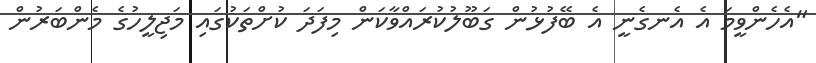
"އެހެންވީމަ އެ އެނގެނީ އެ ބޭފުޅުން ގަބޫލުކުރައްވާކަން މިފަދަ ކުށްތަކުގައި މަޖިލީހުގެ މެންބަރުން